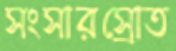
সংসারস্রোত